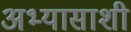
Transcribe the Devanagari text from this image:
अभ्यासाशी